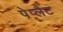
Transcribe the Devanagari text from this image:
पेप्लैट